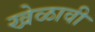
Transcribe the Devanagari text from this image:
खेळावी